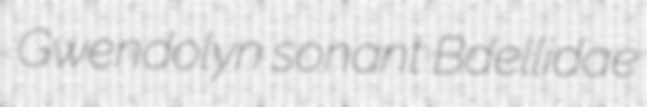
Gwendolyn sonant Bdellidae